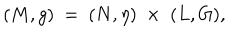
( M , g ) \ = \ ( N , \eta ) \; \times \; ( L , G ) ,